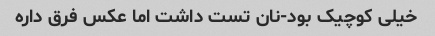
خیلی کوچیک بود-نان تست داشت اما عکس فرق داره